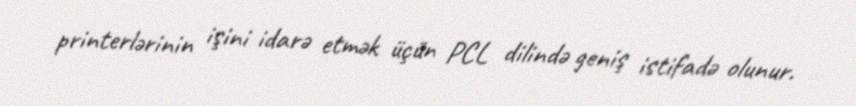
printerlərinin işini idarə etmək üçün PCL dilində geniş istifadə olunur.